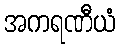
အကရဏီယံ